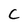
Character: C